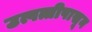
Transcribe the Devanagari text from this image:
उत्पत्तीपासून